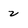
Character: 2